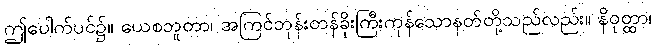
ဤပေါက်ပင်၌။ ယေစဘူတာ၊ အကြင်ဘုန်းတန်ခိုးကြီးကုန်သောနတ်တို့သည်လည်း။ နိဝုတ္ထာ၊